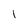
Character: 1